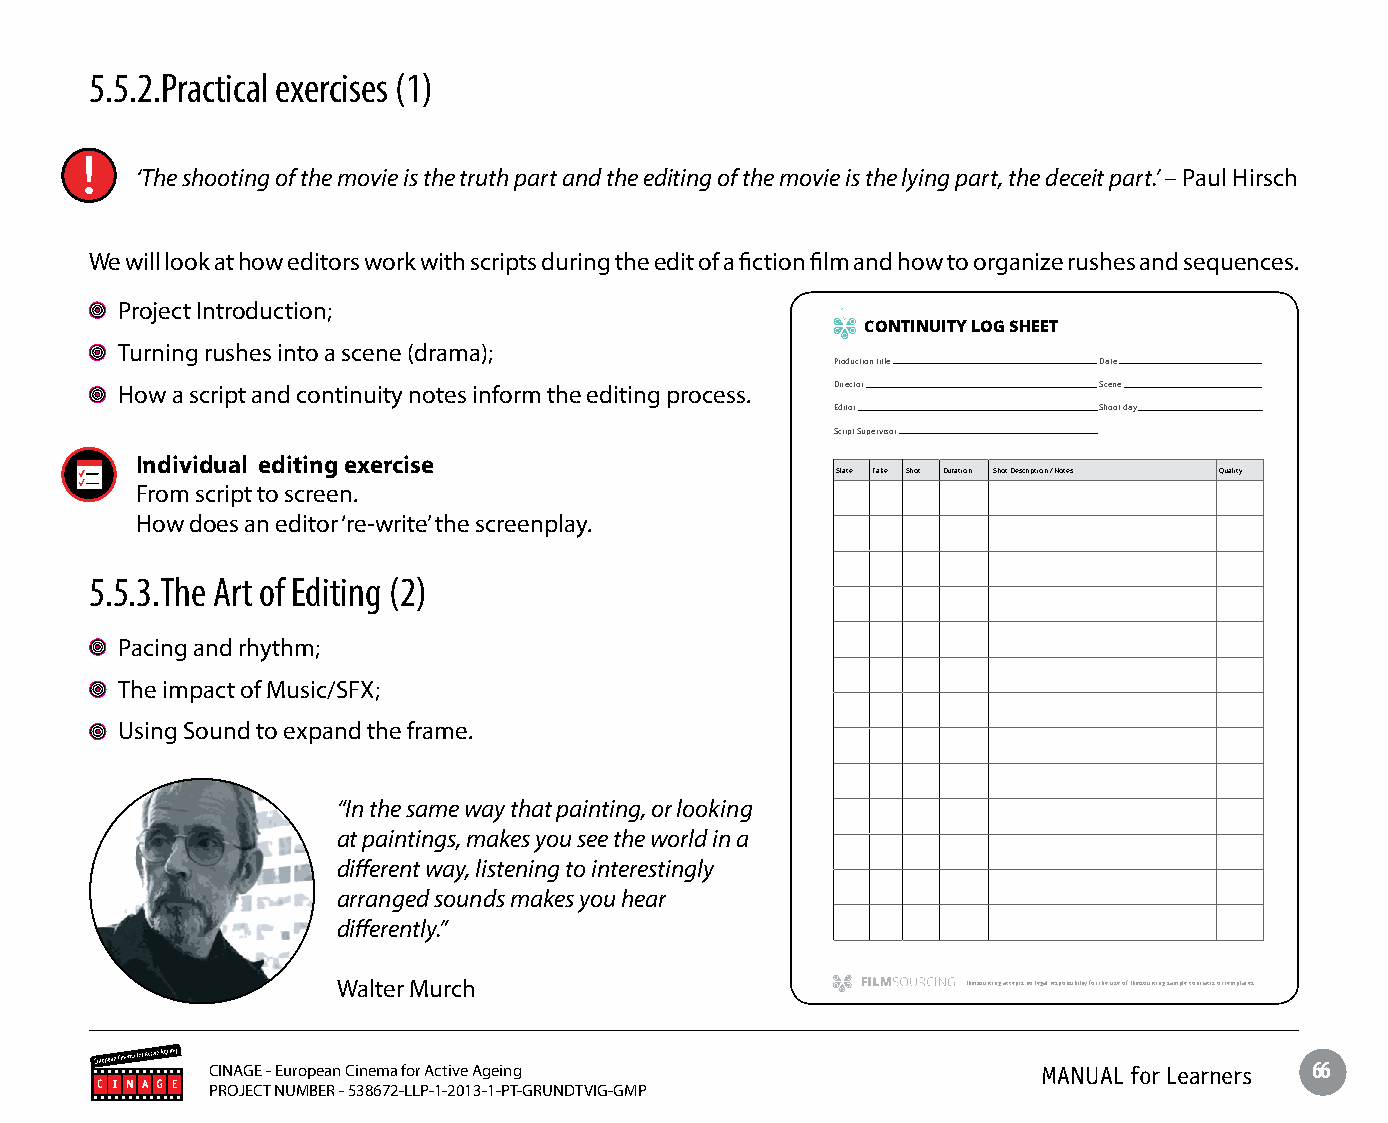
5.5.2.Practical exercises (1)
 ‘The shooting of the movie is the truth part and the editing of the movie is the lying part, the deceit part.’ – Paul Hirsch
 We will look at how editors work with scripts during the edit of a fiction film and how to organize rushes and sequences.
 Project Introduction;
 CONTINUITY LOG SHEET
 Turning rushes into a scene (drama);
 Production title  Date
 How a script and continuity notes inform the editing process. Director Scene
 Editor            Shoot day
 Script Supervisor
 Individual editing exercise
 Slate Take Shot Duration Shot Description / Notes Quality
 From script to screen.
 How does an editor ‘re-write’ the screenplay.
 5.5.3.The Art of Editing (2)
 Pacing and rhythm;
 The impact of Music/SFX;
 Using Sound to expand the frame.
 “In the same way that painting, or looking
 at paintings, makes you see the world in a
 different way, listening to interestingly
 arranged sounds makes you hear
 differently.”
 Walter MuFilmrsocurching accepts no legal responsibility for the use of Filmsourcing sample contracts or templates. Filmsourcing accepts no legal responsibility for the use of Filmsourcing sample contracts or templates.
 CINAGE - European Cinema for Active Ageing             MANUAL for Learners 66
 PROJECT NUMBER - 538672-LLP-1-2013-1-PT-GRUNDTVIG-GMP